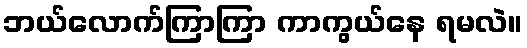
ဘယ်လောက်ကြာကြာ ကာကွယ်နေ ရမလဲ။